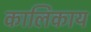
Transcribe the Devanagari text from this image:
कालिकाय